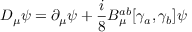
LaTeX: D _ { \mu } \psi = \partial _ { \mu } \psi + \frac { i } { 8 } B _ { \mu } ^ { a b } [ \gamma _ { a } , \gamma _ { b } ] \psi